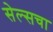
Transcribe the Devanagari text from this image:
सेल्सचा